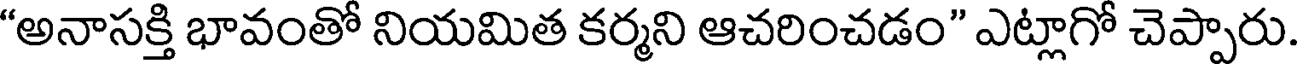
"అనాసక్తి భావంతో నియమిత కర్మని ఆచరించడం" ఎట్లాగో చెప్పారు.